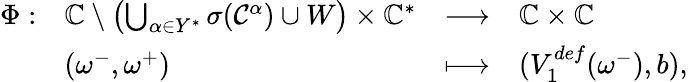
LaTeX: \begin{array}{r}{\begin{array}{llll}{\Phi:}&{\mathbb{C}\setminus\left(\bigcup_{\alpha\in Y^{*}}\sigma(\mathcal{C}^{\alpha})\cup W\right)\times\mathbb{C}^{*}}&{\longrightarrow}&{\mathbb{C}\times\mathbb{C}}\\ &{(\omega^{-},\omega^{+})}&{\longmapsto}&{(V_{1}^{def}(\omega^{-}),b),}\end{array}}\end{array}